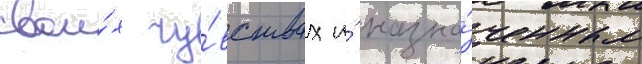
свои́х чу́вствах и́ назна́ченным